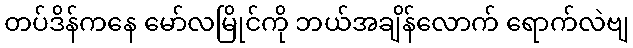
တပ်ဒိန်ကနေ မော်လမြိုင်ကို ဘယ်အချိန်လောက် ရောက်လဲဗျ